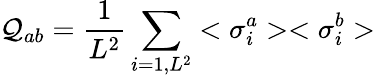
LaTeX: \mathcal{Q}_{ab}={\frac{{1}}{{L^{2}}}}\sum_{i=1,L^{2}}<\sigma_{i}^{a}><\sigma_{i}^{b}>